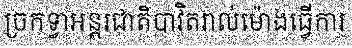
ច្រកទ្វាអន្តរជាតិបាវិតរាល់ម៉ោងធ្វើការ